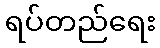
ရပ်တည်ရေး